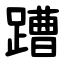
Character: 蹧